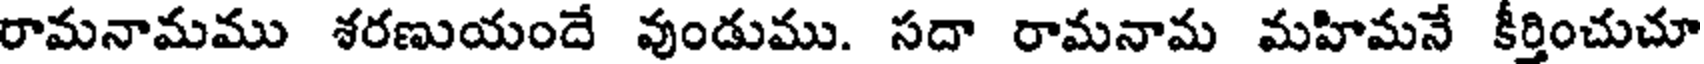
రామనామము శరణుయందే వుండుము. సదా రామనామ మహిమనే కీర్తించుచూ